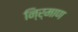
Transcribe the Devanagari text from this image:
नि्र्माण